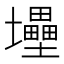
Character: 𡔁